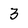
Character: 3